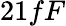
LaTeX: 21fF